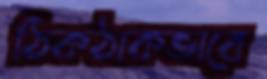
ঠিকঠাকভাবে